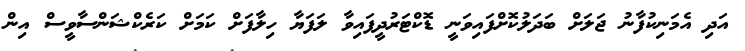
އަދި އެމަނިކުފާނު ޖަލަށް ބަދަލުކޮށްފައިވަނީ ޑޮކްޓަރުދީފައިވާ ލަފަޔާ ހިލާފަށް ކަމަށް ކަރެކްޝަންސާވީސް އިން